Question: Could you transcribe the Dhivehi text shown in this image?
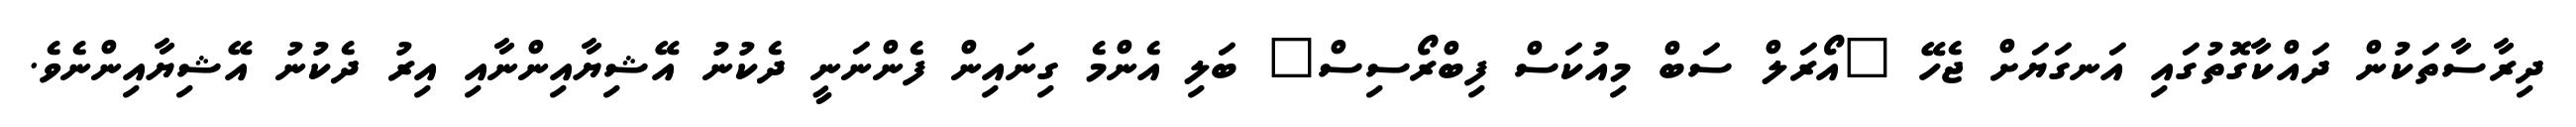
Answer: ދިރާސާތަކުން ދައްކާގޮތުގައި އަނގަޔަށް ޖެހޭ "އޯރަލް ސަބް މިއުކަސް ފިބްރޯސިސް" ބަލި އެންމެ ގިނައިން ފެންނަނީ ދެކުނު އޭޝިޔާއިންނާއި އިރު ދެކުނު އޭޝިޔާއިންނެވެ.